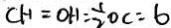
C H = O H = \frac { 1 } { 2 } O C = 6